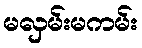
မလှမ်းမကမ်း